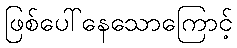
ဖြစ်ပေါ်နေသောကြောင့်